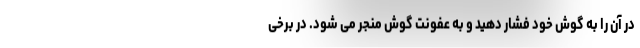
در آن را به گوش خود فشار دهید و به عفونت گوش منجر می شود. در برخی